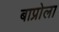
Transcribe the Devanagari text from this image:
बाप्रोला